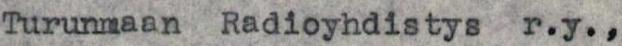
Turunmaan Radioyhdistys r.y.,